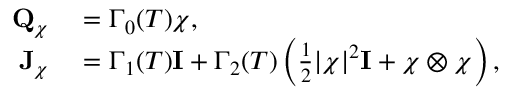
\begin{array} { r l } { \mathbf Q _ { \boldsymbol \chi } } & { { } = \Gamma _ { 0 } ( T ) \boldsymbol \chi , } \\ { \mathbf J _ { \boldsymbol \chi } } & { { } = \Gamma _ { 1 } ( T ) \mathbf I + \Gamma _ { 2 } ( T ) \left( \frac { 1 } { 2 } | \boldsymbol \chi | ^ { 2 } \mathbf I + \boldsymbol \chi \otimes \boldsymbol \chi \right) , } \end{array}